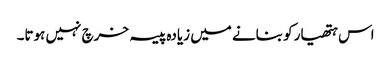
اس ہتھیار کو بنانے میں زیادہ پیسہ خرچ نہیں ہوتا۔